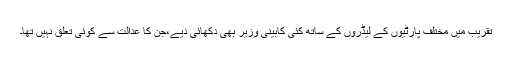
تقریب میں مختلف پارٹیوں کے لیڈروں کے ساتھ کئی کابینی وزیر بھی دکھائی دیے،جن کا عدالت سے کوئی تعلق نہیں تھا۔